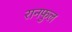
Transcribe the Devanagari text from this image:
रानफुल